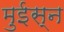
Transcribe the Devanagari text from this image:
मुईस्न